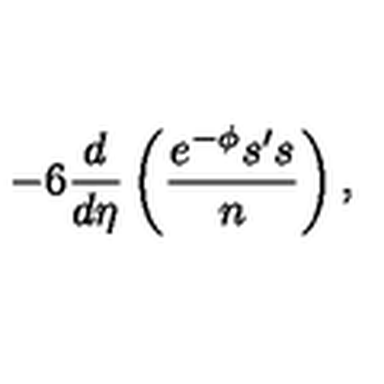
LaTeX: - 6 \frac { d } { d \eta } \left( \frac { e ^ { - \phi } s ^ { \prime } s } { n } \right) ,